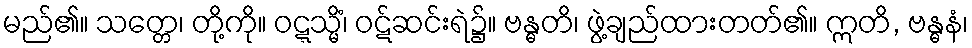
မည်၏။ သတ္တေ၊ တို့ကို။ ဝဋ္ဋသ္မိံ၊ ဝဋ်ဆင်းရဲ၌။ ဗန္ဓတိ၊ ဖွဲ့ချည်ထားတတ်၏။ ဣတိ, ဗန္ဓနံ၊